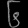
Digit: ၆